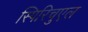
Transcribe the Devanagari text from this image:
स्पिरिचुएल